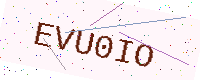
Text: EVU0IO